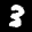
Label: 3